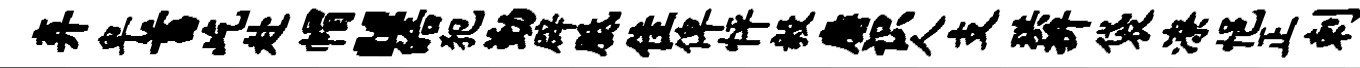
弃卑蓄屹赴帽“皓犯勤辟胝隹俾怦毅麝识人支珙拚袋潦悒正剌